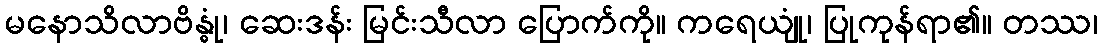
မနောသိလာဗိန္ဓုံ၊ ဆေးဒန်း မြင်းသီလာ ပြောက်ကို။ ကရေယျုံ၊ ပြုကုန်ရာ၏။ တဿ၊